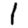
Digit: 1